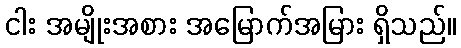
ငါး အမျိုးအစား အမြောက်အမြား ရှိသည်။